Civil Veterinary Dept. Bombay admin report 1914-1922 - 1914-1922
Year: 1914
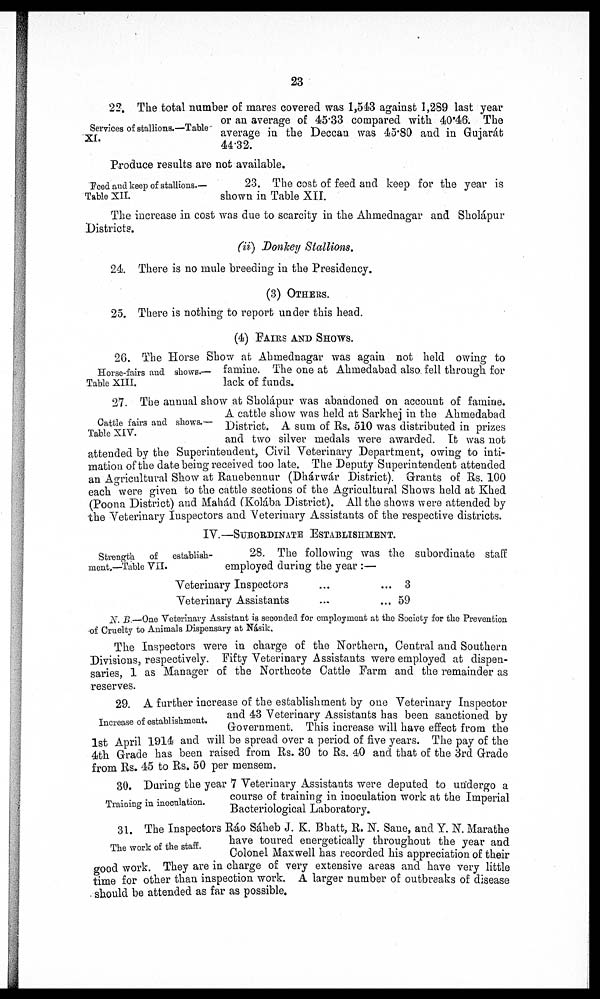
23
Services of stallions.—Table
XI.
22. The total number of mares covered was 1,543 against 1,289 last year
or an average of 45.33 compared with 40.46. The
average in the Deccan was 45.80 and in Gujarát
44.32.
Produce results are not available.
Feed and keep of stallions.—
Table XII.
23. The cost of feed and keep for the year is
shown in Table XII.
The increase in cost was due to scarcity in the Ahmednagar and Sholápur
Districts.
(ii) Donkey Stallions.
24. There is no mule breeding in the Presidency.
(3) OTHERS
25. There is nothing to report under this head.
(4) FAIRS AND SHOWS.
Horse-fairs and shows.—
Table XIII.
26. The Horse Show at Ahmednagar was again not held owing to
famine. The one at Ahmedabad also fell through for
lack of funds.
Cattle fairs and shows.—
Table XIV.
27. The annual show at Sholápur was abandoned on account of famine.
A cattle show was held at Sarkhej in the Ahmedabad
District. A sum of Rs. 510 was distributed in prizes
and two silver medals were awarded. It was not
attended by the Superintendent, Civil Veterinary Department, owing to inti-
mation of the date being received too late. The Deputy Superintendent attended
an Agricultural Show at Ranebennur (Dhárwár District). Grants of Rs. 100
each were given to the cattle sections of the Agricultural Shows held at Khed
(Poona District) and Mahád (Kolába District). All the shows were attended by
the Veterinary Inspectors and Veterinary Assistants of the respective districts.
IV.—SUBORDINATE ESTABLISHMENT.
Strength
of
establish-
ment.—Table VII.
28. The following was the subordinate staff
employed during the year :—
Veterinary Inspectors
Veterinary Assistants
...
...
...
...
3
59
N. B.—One Veterinary Assistant is seconded for employment at the Society for the Prevention
of Cruelty to Animals Dispensary at Násik.
The Inspectors were in charge of the Northern, Central and Southern
Divisions, respectively. Fifty Veterinary Assistants were employed at dispen-
saries, 1 as Manager of the Northcote Cattle Farm and the remainder as
reserves.
Increase of establishment.
29. A further increase of the establishment by one Veterinary Inspector
and 43 Veterinary Assistants has been sanctioned by
Government. This increase will have effect from the
1st April 1914 and will be spread over a period of five years. The pay of the
4th Grade has been raised from Rs. 30 to Rs. 40 and that of the 3rd Grade
from Rs. 45 to Rs. 50 per mensem.
Training in inoculation.
30. During the year 7 Veterinary Assistants were deputed to undergo a
course of training in inoculation work at the Imperial
Bacteriological Laboratory.
The work of the staff.
31. The Inspectors Ráo Sáheb J. K. Bhatt, R. N. Sane, and Y. N. Marathe
have toured energetically throughout the year and
Colonel Maxwell has recorded his appreciation of their
good work. They are in charge of very extensive areas and have very little
time for other than inspection work. A larger number of outbreaks of disease
should be attended as far as possible.